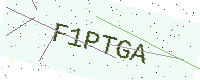
Text: F1PTGA